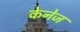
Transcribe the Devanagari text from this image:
केनेज